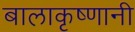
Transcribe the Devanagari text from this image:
बालाकृष्णानी